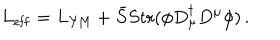
L _ { \mathrm { e f f } } = L _ { \mathrm { Y M } } + \bar { S } S \mathrm { t r } ( \phi D _ { \mu } ^ { \dagger } D ^ { \mu } \phi ) \, .